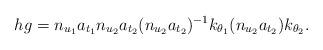
LaTeX: \begin{align*} hg = n_{u_1}a_{t_1} n_{u_2}a_{t_2}(n_{u_2}a_{t_2})^{-1}k_{\theta_1}(n_{u_2} a_{t_2})k_{\theta_2}.\end{align*}